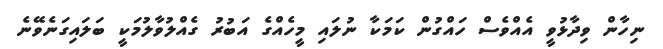
ނިހާން ވިދާޅުވީ އެއްވެސް ހައްގުން ކަމަކާ ނުލައި މީހެއްގެ އަބުރު ގެއްލުވާލުމަކީ ބަލައިގަނެވޭނެ